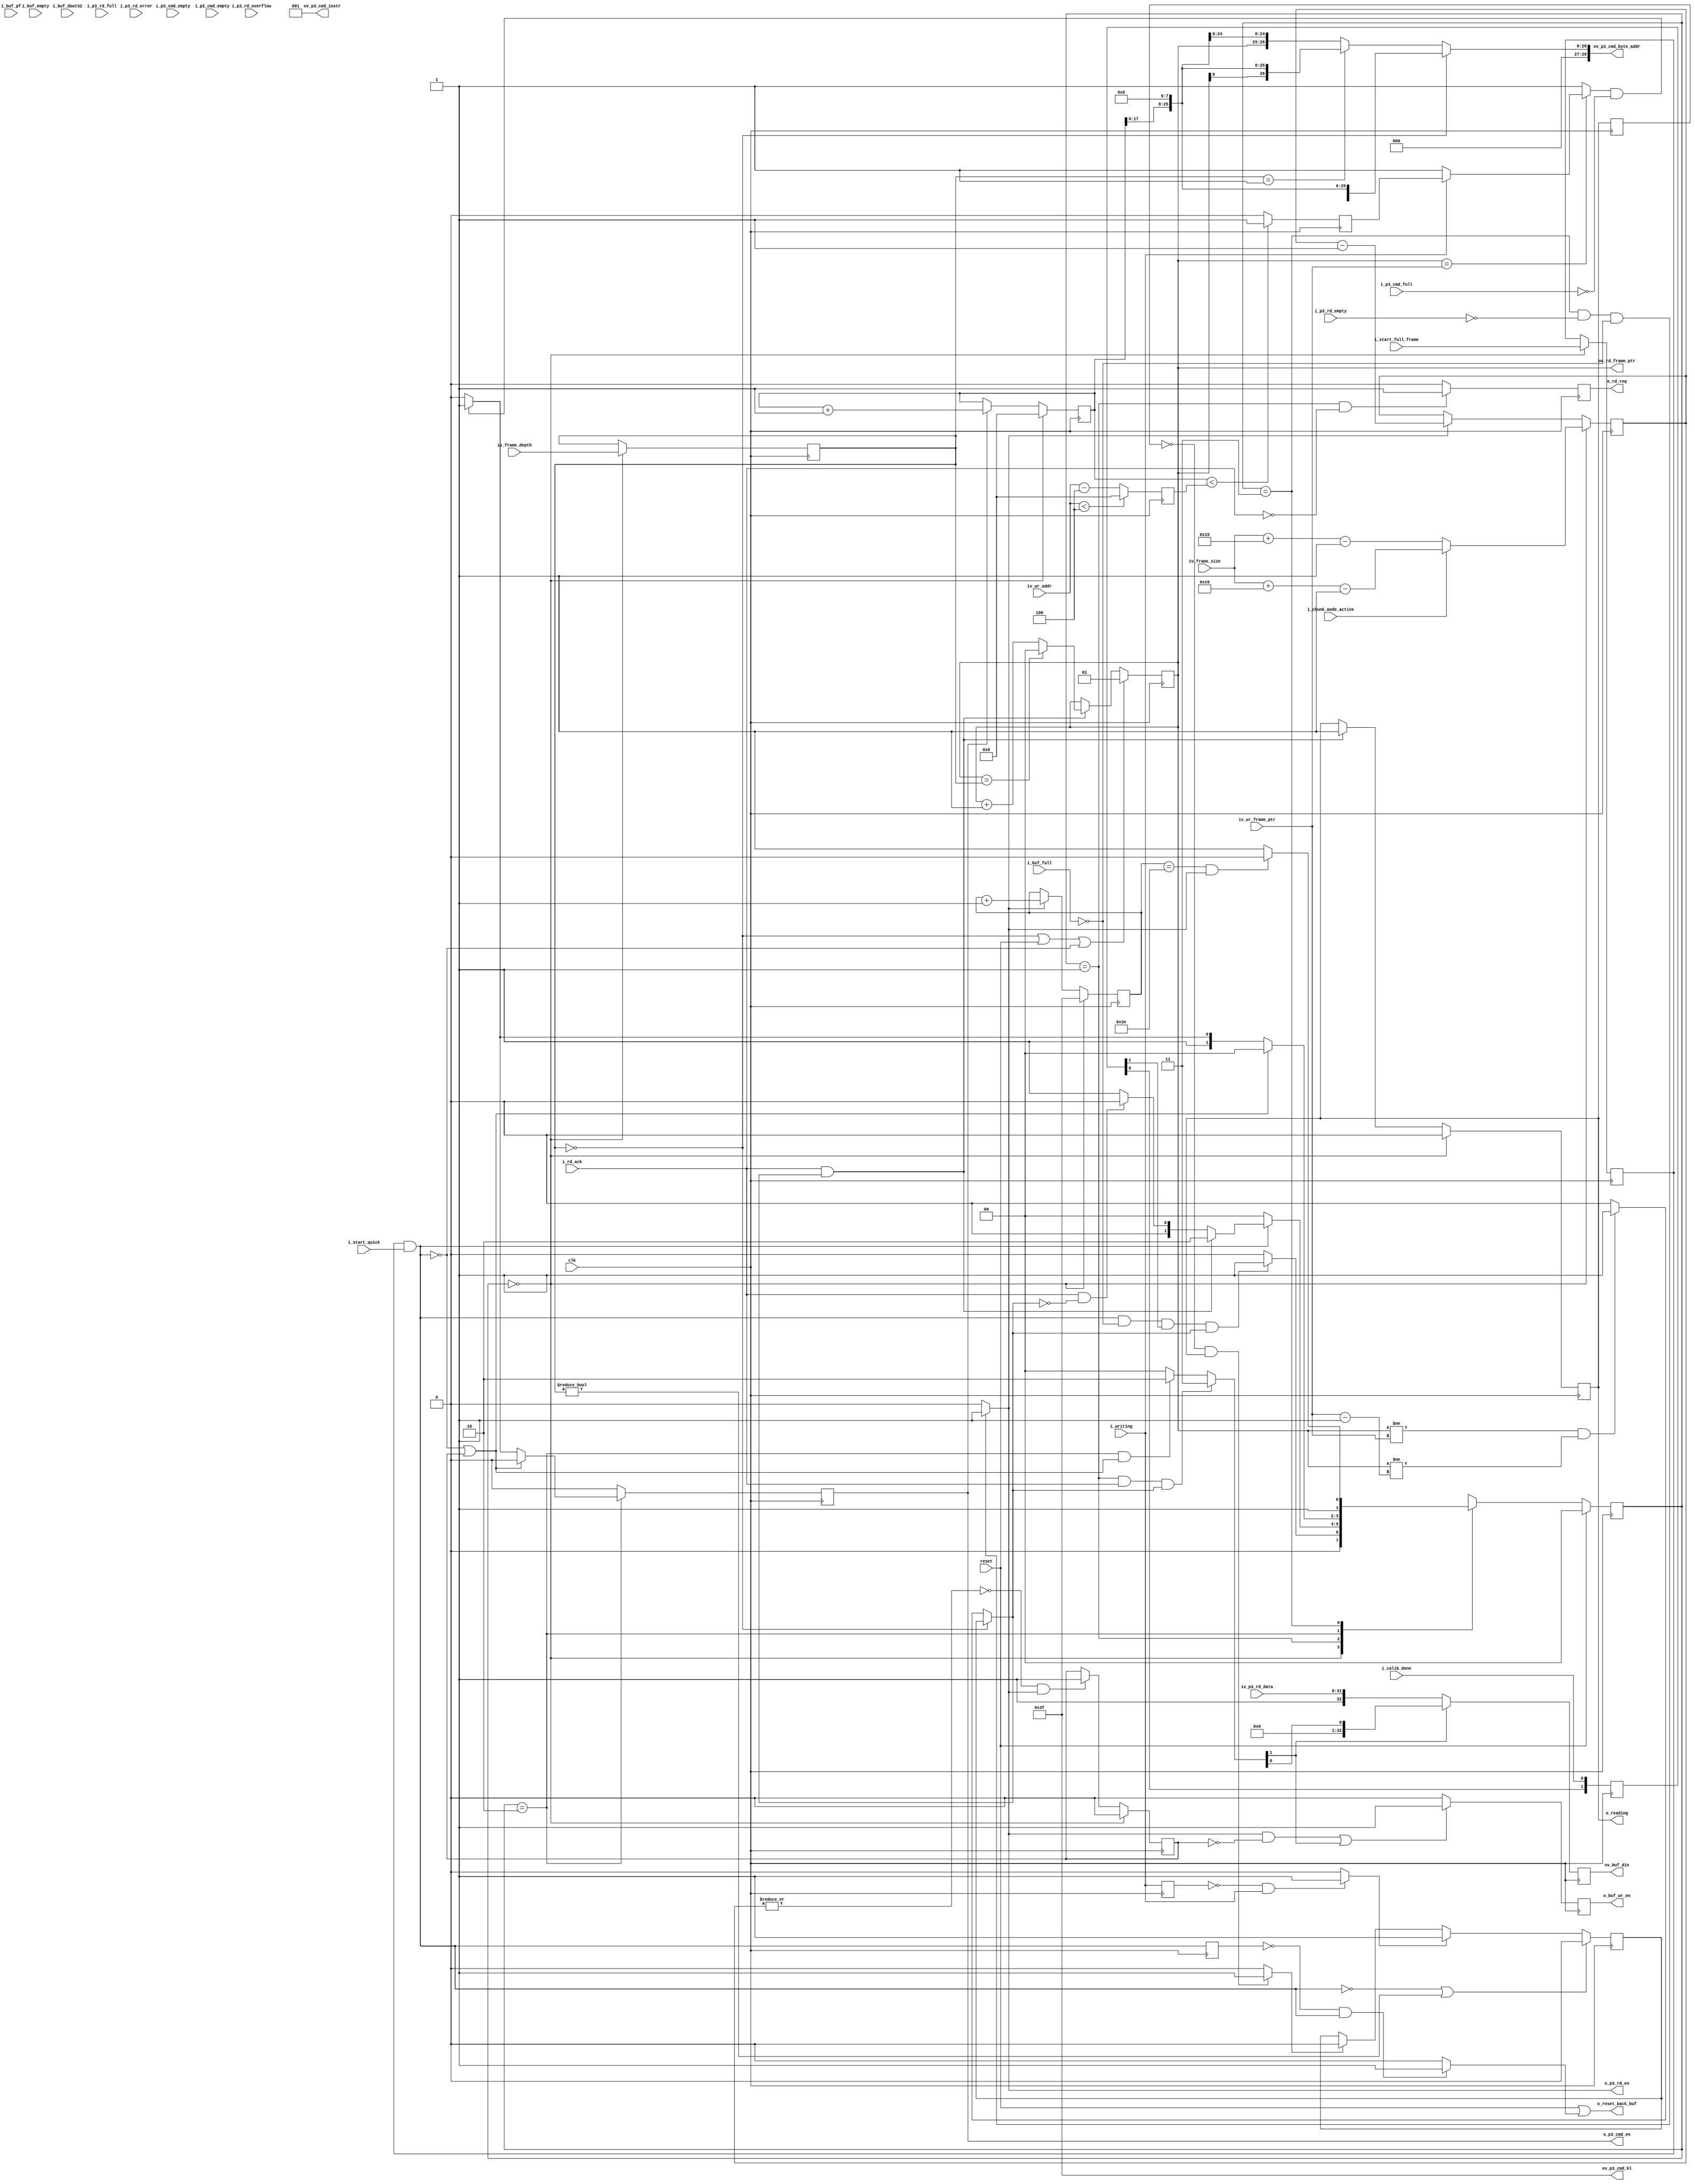
//-------------------------------------------------------------------------------------------------
//  --    : , 2010 -2015.
//  --      .
//  --          : FPGA
//  --        : rd_logic
//  --        : 
//-------------------------------------------------------------------------------------------------
//
//  --  :
//
//  --          :| 				:|  
//-------------------------------------------------------------------------------------------------
//  --        :| 2013/6/13 14:33:26	:|  
//  --        :| 2015/3/31 9:31:24	:|  1.
//												2.1-32
//												3.
//-------------------------------------------------------------------------------------------------
//
//  --      :	
//              1)  : MCB RD FIFO FIFO
//
//              2)  : ... ...
//
//              3)  : ... ...
//
//-------------------------------------------------------------------------------------------------
///
`timescale 1ns/1ps
//-------------------------------------------------------------------------------------------------

module rd_logic # (
	parameter		DATA_WIDTH			= 32		,	//
	parameter		PTR_WIDTH			= 2			,	//1-2 2-4 3-8 4-16 5-32
	parameter		RD_WR_WITH_PRE		= "FALSE"	,	//read write command end with precharge command
	parameter		DDR3_MEM_DENSITY	= "1Gb"		,	//DDR3  "1Gb" "512Mb"
	parameter		FRAME_SIZE_WIDTH	= 25		,	//DDR31Gbit128Mbytemcb p3 3225size
	parameter		TERRIBLE_TRAFFIC	= "TRUE"		//TRUE-FALSE-
	)
	(
	//
	input							clk					,	//
	input							reset				,	//
	//
	input	[PTR_WIDTH-1:0]			iv_frame_depth		,	//
	input	[FRAME_SIZE_WIDTH-1:0]	iv_frame_size		,	//
	input							i_chunk_mode_active	,	//chunk
	input							i_start_full_frame	,	//
	input							i_start_quick		,	//
	//FIFO
	output							o_reset_back_buf	,	//FIFO
	output	[DATA_WIDTH:0]			ov_buf_din			,	//FIFO33bit
	output							o_buf_wr_en			,	//FIFO
	input							i_buf_pf			,	//FIFO
	input							i_buf_full			,	//FIFO
	input							i_buf_empty			,	//FIFO
	input							i_buf_dout32		,	//FIFOMSB
	//rd logic
	output	[PTR_WIDTH-1:0]			ov_rd_frame_ptr		,	//
	output							o_rd_req			,	//
	input							i_rd_ack			,	//
	output							o_reading			,	//
	//wr logic
	input	[PTR_WIDTH-1:0]			iv_wr_frame_ptr		,	//
	input	[18:0]					iv_wr_addr			,	//
	input							i_writing			,	//
	//MCB FIFO
	input							i_calib_done		,	//MCB
	output							o_p3_cmd_en			,	//MCB CMD 
	output	[2:0]					ov_p3_cmd_instr		,	//MCB CMD 
	output	[5:0]					ov_p3_cmd_bl		,	//MCB CMD 
	output	[29:0]					ov_p3_cmd_byte_addr	,	//MCB CMD 
	input							i_p3_cmd_empty		,	//MCB CMD 
	input							i_p3_cmd_full		,	//MCB CMD 
	output							o_p3_rd_en			,	//MCB RD FIFO 
	input	[DATA_WIDTH-1:0]		iv_p3_rd_data		,	//MCB RD FIFO 
	input							i_p3_rd_full		,	//MCB RD FIFO 
	input							i_p3_rd_empty		,	//MCB RD FIFO 
	input							i_p3_rd_overflow	,	//MCB RD FIFO 
	input							i_p3_rd_error		,	//MCB RD FIFO 
	input							i_p2_cmd_empty			//MCB CMD 
	);

	//	ref signals

	//FSM Parameter Define
	parameter	S_IDLE		= 2'd0;
	parameter	S_REQ		= 2'd1;
	parameter	S_CMD		= 2'd2;
	parameter	S_RD		= 2'd3;

	reg		[1:0]	current_state	= S_IDLE;
	reg		[1:0]	next_state		= S_IDLE;

	//FSM for sim
	// synthesis translate_off
	reg		[199:0]		state_ascii;
	always @ ( * ) begin
		case(current_state)
			2'd0 :	state_ascii	<= "S_IDLE";
			2'd1 :	state_ascii	<= "S_REQ";
			2'd2 :	state_ascii	<= "S_CMD";
			2'd3 :	state_ascii	<= "S_RD";
		endcase
	end
	// synthesis translate_on

	//	-------------------------------------------------------------------------------------
	//	
	//	1.
	//	--10
	//	2.MCB
	//	--precharge
	//	-------------------------------------------------------------------------------------
	localparam	RD_FRAME_PTR_RESET_VALUE	= (TERRIBLE_TRAFFIC=="TRUE") ? 1 : 0;
	localparam	RD_CMD_INSTR				= (RD_WR_WITH_PRE=="TRUE") ? 3'b011 : 3'b001;

	reg		[1:0]					calib_done_shift 	= 2'b0;
	reg		[PTR_WIDTH-1:0]			frame_depth_reg 	= 1;
	reg								start_full_frame_int= 1'b0;
	wire							enable				;
	reg								enable_dly			= 1'b0;
	wire							enable_rise			;
	reg		[FRAME_SIZE_WIDTH-1:0]	frame_size_reg 		= {FRAME_SIZE_WIDTH{1'b0}};
	reg								frame_done_reg 		= 1'b0;
	wire							fifo_rd_int			;
	reg								writing_dly 		= 1'b0;
	wire							writing_rise		;
	reg								reading_dly 		= 1'b0;
	reg								reading 			= 1'b0;
	wire							reading_rise		;
	reg								fresh_frame 		= 1'b0;
	reg								able_to_read 		= 1'b0;
	reg		[PTR_WIDTH-1:0]			rd_frame_ptr 		= RD_FRAME_PTR_RESET_VALUE;
	reg								addr_less_int		= 1'b0;
	reg								fifo_rd_reg 		= 1'b0;
	reg		[5:0]					word_cnt 			= 6'b111111;
	reg		[18:0]					rd_addr 			= 19'b0;
	wire	[1:0]					ctrl_bit			;
	reg								rd_req_reg 			= 1'b0;
	reg								reading_reg 		= 1'b0;
	reg		[18:0]					wr_addr_sub 		= 19'b0;
	reg								addr_less 			= 1'b0;
	reg								rd_cmd_reg 			= 1'b0;
	reg								buf_dout32 			= 1'b0;
	reg								buf_dout32_sync 	= 1'b0;

	reg								back_buf_wr_en		= 1'b0;
	reg		[DATA_WIDTH:0]			back_buf_din		= {(DATA_WIDTH+1){1'b0}};


	//	ref ARCHITECTURE

	//	===============================================================================================
	//	ref *** ***
	//	===============================================================================================
	//  -------------------------------------------------------------------------------------
	//  calib_done  mcb drp clk 
	//  -------------------------------------------------------------------------------------
	always @ (posedge clk) begin
		calib_done_shift	<= {calib_done_shift[0],i_calib_done};
	end

	//	-------------------------------------------------------------------------------------
	//	writing
	//	-------------------------------------------------------------------------------------
	always @ (posedge clk) begin
		writing_dly	<= i_writing;
	end
	assign	writing_rise	= (writing_dly==1'b0 && i_writing==1'b1) ? 1'b1 : 1'b0;

	//	-------------------------------------------------------------------------------------
	//	writing
	//	-------------------------------------------------------------------------------------
	always @ (posedge clk) begin
		reading_dly	<= reading_reg;
	end
	assign	reading_rise	= (reading_dly==1'b0 && reading_reg==1'b1) ? 1'b1 : 1'b0;

	//	===============================================================================================
	//	ref ******
	//	===============================================================================================
	//	-------------------------------------------------------------------------------------
	//	frame_depth_reg 
	//	1. frame_depth
	//	-------------------------------------------------------------------------------------
	always @ (posedge clk) begin
		if(current_state==S_IDLE) begin
			frame_depth_reg		<= iv_frame_depth;
		end
	end

	//	-------------------------------------------------------------------------------------
	//	
	//	1.idle
	//	--chunkleader=52byte trailer=32byte
	//	--chunkleader=52byte trailer=36byte
	//	2.-1
	//	3.burstframe size reg
	//	-------------------------------------------------------------------------------------
	always @ (posedge clk) begin
		if(current_state==S_IDLE) begin
			if(!i_chunk_mode_active) begin
				frame_size_reg	<= iv_frame_size + 8'd21 - 1'b1;
			end
			else begin
				frame_size_reg	<= iv_frame_size + 8'd22 - 1'b1;
			end
		end
		else if(fifo_rd_int==1'b1) begin
			frame_size_reg	<= frame_size_reg - 1'b1;
		end
	end

	//  -------------------------------------------------------------------------------------
	//  
	//	1.idle
	//  -------------------------------------------------------------------------------------
	always @ (posedge clk) begin
		if(current_state==S_IDLE) begin
			start_full_frame_int	<= i_start_full_frame;
		end
	end

	//  -------------------------------------------------------------------------------------
	//	
	//	1.
	//  -------------------------------------------------------------------------------------
	assign	enable	= start_full_frame_int & i_start_quick;
	
	//  -------------------------------------------------------------------------------------
	//	 
	//  -------------------------------------------------------------------------------------
	always @ (posedge clk) begin
		enable_dly	<= enable;
	end	
	assign	enable_rise	= (enable_dly==1'b0 && enable==1'b1) ? 1'b1 : 1'b0;
	
	//	===============================================================================================
	//	ref ***FIFO MCB ***
	//	===============================================================================================
	//	-------------------------------------------------------------------------------------
	//	
	//	1.
	//	2.
	//	--
	//	--   p3 cmd fifo  
	//	-------------------------------------------------------------------------------------
	always @ (posedge clk) begin
		if(current_state==S_CMD) begin
			if(enable==1'b0 || frame_done_reg==1'b1) begin
				rd_cmd_reg	<= 1'b0;
			end
			else if(addr_less_int==1'b1 && i_p3_cmd_full==1'b0) begin
				rd_cmd_reg	<= 1'b1;
			end
			else begin
				rd_cmd_reg	<= 1'b0;
			end
		end
		else begin
			rd_cmd_reg	<= 1'b0;
		end
	end
	assign	o_p3_cmd_en		= rd_cmd_reg;

	//	-------------------------------------------------------------------------------------
	//	
	//	1.64
	//	2.burst
	//	-------------------------------------------------------------------------------------
	assign	ov_p3_cmd_bl 	= 6'b111111;

	//	-------------------------------------------------------------------------------------
	//	
	//	1.2
	//	-------------------------------------------------------------------------------------
	assign	ov_p3_cmd_instr	= RD_CMD_INSTR;

	//  -------------------------------------------------------------------------------------
	//	
	//	1.UG388 pg63 
	//	2.ddr3
	//	3.256yte8bit0
	//	4.512Mb
	//	5.
	//  -------------------------------------------------------------------------------------
	//	-------------------------------------------------------------------------------------
	//	2
	//	-------------------------------------------------------------------------------------
	generate
		if(PTR_WIDTH==1 && DDR3_MEM_DENSITY=="512Mb") begin
			assign	ov_p3_cmd_byte_addr	=
			(frame_depth_reg==1'd0) ? {{4'b0},rd_addr[17:0],{8'b0}} : 	//
			{{4'b0},rd_frame_ptr[0],rd_addr[16:0],{8'b0}}	;			//2
		end
		else if(PTR_WIDTH==1 && DDR3_MEM_DENSITY=="1Gb") begin
			assign	ov_p3_cmd_byte_addr	=
			(frame_depth_reg==1'd0) ? {{3'b0},rd_addr[18:0],{8'b0}} : 	//
			{{3'b0},rd_frame_ptr[0],rd_addr[17:0],{8'b0}}	;			//2
		end
	endgenerate

	//	-------------------------------------------------------------------------------------
	//	4
	//	-------------------------------------------------------------------------------------
	generate
		if(PTR_WIDTH==2 && DDR3_MEM_DENSITY=="512Mb") begin
			assign	ov_p3_cmd_byte_addr	=
			(frame_depth_reg==2'd0) ? {{4'b0},rd_addr[17:0],{8'b0}} : 					//
			(frame_depth_reg==2'd1) ? {{4'b0},rd_frame_ptr[0],rd_addr[16:0],{8'b0}} : 	//2
			{{4'b0},rd_frame_ptr[1:0],rd_addr[15:0],{8'b0}}	;							//3 4 
		end
		else if(PTR_WIDTH==2 && DDR3_MEM_DENSITY=="1Gb") begin
			assign	ov_p3_cmd_byte_addr	=
			(frame_depth_reg==2'd0) ? {{3'b0},rd_addr[18:0],{8'b0}} : 					//
			(frame_depth_reg==2'd1) ? {{3'b0},rd_frame_ptr[0],rd_addr[17:0],{8'b0}} : 	//2
			{{3'b0},rd_frame_ptr[1:0],rd_addr[16:0],{8'b0}}	;							//3 4 
		end
	endgenerate

	//	-------------------------------------------------------------------------------------
	//	8
	//	-------------------------------------------------------------------------------------
	generate
		if(PTR_WIDTH==3 && DDR3_MEM_DENSITY=="512Mb") begin
			assign	ov_p3_cmd_byte_addr	=
			(frame_depth_reg==3'd0) ? {{4'b0},rd_addr[17:0],{8'b0}} : 												//
			(frame_depth_reg==3'd1) ? {{4'b0},rd_frame_ptr[0],rd_addr[16:0],{8'b0}} : 								//2
			(frame_depth_reg==3'd2 || frame_depth_reg==3'd3) ? {{4'b0},rd_frame_ptr[1:0],rd_addr[15:0],{8'b0}} :	//3 4 
			{{4'b0},rd_frame_ptr[2:0],rd_addr[14:0],{8'b0}};														//5 - 8 
		end
		else if(PTR_WIDTH==3 && DDR3_MEM_DENSITY=="1Gb") begin
			assign	ov_p3_cmd_byte_addr	=
			(frame_depth_reg==3'd0) ? {{3'b0},rd_addr[18:0],{8'b0}} : 												//
			(frame_depth_reg==3'd1) ? {{3'b0},rd_frame_ptr[0],rd_addr[17:0],{8'b0}} : 								//2
			(frame_depth_reg==3'd2 || frame_depth_reg==3'd3) ? {{3'b0},rd_frame_ptr[1:0],rd_addr[16:0],{8'b0}} :	//3 4 
			{{3'b0},rd_frame_ptr[2:0],rd_addr[15:0],{8'b0}};														//5 - 8 
		end
	endgenerate

	//	-------------------------------------------------------------------------------------
	//	16
	//	-------------------------------------------------------------------------------------
	generate
		if(PTR_WIDTH==4 && DDR3_MEM_DENSITY=="512Mb") begin
			assign	ov_p3_cmd_byte_addr	=
			(frame_depth_reg==4'd0) ? {{4'b0},rd_addr[17:0],{8'b0}} : 												//
			(frame_depth_reg==4'd1) ? {{4'b0},rd_frame_ptr[0],rd_addr[16:0],{8'b0}} : 								//2
			(frame_depth_reg==4'd2 || frame_depth_reg==4'd3) ? {{4'b0},rd_frame_ptr[1:0],rd_addr[15:0],{8'b0}} :	//3 4 
			(frame_depth_reg>=4'd4 && frame_depth_reg<=4'd7) ? {{4'b0},rd_frame_ptr[2:0],rd_addr[14:0],{8'b0}} :	//5 - 8 
			{{4'b0},rd_frame_ptr[3:0],rd_addr[13:0],{8'b0}};														//9 - 16 
		end
		else if(PTR_WIDTH==4 && DDR3_MEM_DENSITY=="1Gb") begin
			assign	ov_p3_cmd_byte_addr	=
			(frame_depth_reg==4'd0) ? {{3'b0},rd_addr[18:0],{8'b0}} : 												//
			(frame_depth_reg==4'd1) ? {{3'b0},rd_frame_ptr[0],rd_addr[17:0],{8'b0}} : 								//2
			(frame_depth_reg==4'd2 || frame_depth_reg==4'd3) ? {{3'b0},rd_frame_ptr[1:0],rd_addr[16:0],{8'b0}} :	//3 4 
			(frame_depth_reg>=4'd4 && frame_depth_reg<=4'd7) ? {{3'b0},rd_frame_ptr[2:0],rd_addr[15:0],{8'b0}} :	//5 - 8 
			{{3'b0},rd_frame_ptr[3:0],rd_addr[14:0],{8'b0}};														//9 - 16 
		end
	endgenerate

	//	-------------------------------------------------------------------------------------
	//	32
	//	-------------------------------------------------------------------------------------
	generate
		if(PTR_WIDTH==5 && DDR3_MEM_DENSITY=="512Mb") begin
			assign	ov_p3_cmd_byte_addr	=
			(frame_depth_reg==5'd0) ? {{4'b0},rd_addr[17:0],{8'b0}} : 												//
			(frame_depth_reg==5'd1) ? {{4'b0},rd_frame_ptr[0],rd_addr[16:0],{8'b0}} : 								//2
			(frame_depth_reg==5'd2 || frame_depth_reg==5'd3) ? {{4'b0},rd_frame_ptr[1:0],rd_addr[15:0],{8'b0}} :	//3 4 
			(frame_depth_reg>=5'd4 && frame_depth_reg<=5'd7) ? {{4'b0},rd_frame_ptr[2:0],rd_addr[14:0],{8'b0}} :	//5 - 8 
			(frame_depth_reg>=5'd8 && frame_depth_reg<=5'd15) ? {{4'b0},rd_frame_ptr[3:0],rd_addr[13:0],{8'b0}} :	//9 - 16 
			{{4'b0},rd_frame_ptr[4:0],rd_addr[12:0],{8'b0}};														//17 - 32 
		end
		else if(PTR_WIDTH==5 && DDR3_MEM_DENSITY=="1Gb") begin
			assign	ov_p3_cmd_byte_addr	=
			(frame_depth_reg==5'd0) ? {{3'b0},rd_addr[18:0],{8'b0}} : 												//
			(frame_depth_reg==5'd1) ? {{3'b0},rd_frame_ptr[0],rd_addr[17:0],{8'b0}} : 								//2
			(frame_depth_reg==5'd2 || frame_depth_reg==5'd3) ? {{3'b0},rd_frame_ptr[1:0],rd_addr[16:0],{8'b0}} :	//3 4 
			(frame_depth_reg>=5'd4 && frame_depth_reg<=5'd7) ? {{3'b0},rd_frame_ptr[2:0],rd_addr[15:0],{8'b0}} :	//5 - 8 
			(frame_depth_reg>=5'd8 && frame_depth_reg<=5'd15) ? {{3'b0},rd_frame_ptr[3:0],rd_addr[14:0],{8'b0}} :	//9 - 16 
			{{3'b0},rd_frame_ptr[4:0],rd_addr[13:0],{8'b0}};														//17 - 32 
		end
	endgenerate

	//	-------------------------------------------------------------------------------------
	//	mcb rd fifo 
	//	1.rd
	//	2.mcb rd fifo fifo
	//	-------------------------------------------------------------------------------------
	assign	fifo_rd_int		= (current_state==S_RD && i_p3_rd_empty==1'b0 && i_buf_full==1'b0) ? 1'b1 : 1'b0;
	assign	o_p3_rd_en		= fifo_rd_int;

	//  -------------------------------------------------------------------------------------
	//  MCB fifo 
	//	1. mcb rd FIFO 
	//	2.mcb rd FIFO first word fall through
	//	3.burstfifo
	//	4.
	//  -------------------------------------------------------------------------------------
	always @ (posedge clk) begin
		if((fifo_rd_int==1'b1 && frame_done_reg==1'b0) || ctrl_bit[1]==1'b1) begin
			back_buf_wr_en	<= 1'b1;
		end
		else begin
			back_buf_wr_en	<= 1'b0;
		end
	end
	assign	o_buf_wr_en	= back_buf_wr_en;

	//	-------------------------------------------------------------------------------------
	//	
	//	1.ctrl_bit=2'b11
	//	2.ctrl_bit=2'b10
	//	-------------------------------------------------------------------------------------
	assign	ctrl_bit		= (current_state==S_REQ && i_rd_ack==1'b1 && able_to_read==1'b1) ? 2'b11 :
	(current_state==S_CMD && (enable==1'b0 || frame_done_reg==1'b1)) ? 2'b10 : 2'b00;

	//	-------------------------------------------------------------------------------------
	//	FIFO
	//	1.32+1 image_valid. 1- 0-
	//	2.ctrl_bit[1]==1
	//	--bit0bit0=1 - bit0=0 - 
	//	3.ctrl_bit[1]==0
	//	-------------------------------------------------------------------------------------
	always @ (posedge clk) begin
		if(ctrl_bit[1]) begin
			back_buf_din	<= {1'b0,{(DATA_WIDTH-1){1'b0}},ctrl_bit[0]};
		end
		else begin
			back_buf_din	<= {1'b1,iv_p3_rd_data};
		end
	end
	assign	ov_buf_din	= back_buf_din;

	//  -------------------------------------------------------------------------------------
	//  FIFO
	//	1	
	//	2	fifofifo
	//	3	
	//  -------------------------------------------------------------------------------------
	//	//	**************1**************
	//	//	FIFO
	//	//	1.
	//	//	2.1 IDLE
	//	//	2.2 FIFO
	//	//	2.3	
	//	//	2.2 2.3FIFO
	//	assign	o_reset_back_buf	= (~frame_en_int & back_buf_empty_dly1 & buf_dout32_sync) | reset;

	//	//	**************2**************
	//	//	FIFOFIFO
	//	assign	o_reset_back_buf	= ~frame_en_int;

	//	**************3**************
	assign	o_reset_back_buf	= reset | enable_rise;

	//	===============================================================================================
	//	ref ******
	//	===============================================================================================
	//  -------------------------------------------------------------------------------------
	//  
	//	1.req=0
	//  -------------------------------------------------------------------------------------
	always @ (posedge clk) begin
		if(current_state==S_REQ && i_rd_ack==1'b0) begin
			rd_req_reg	<= 1'b1;
		end
		else begin
			rd_req_reg	<= 1'b0;
		end
	end
	assign	o_rd_req	= rd_req_reg;

	//  -------------------------------------------------------------------------------------
	//  
	//	1.idle
	//	2.
	//  -------------------------------------------------------------------------------------
	always @ (posedge clk) begin
		if(current_state==S_IDLE) begin
			reading_reg	<= 1'b0;
		end
		else if(i_rd_ack==1'b1 && able_to_read==1'b1) begin
			reading_reg	<= 1'b1;
		end
	end
	assign	o_reading	= reading_reg;

	//	===============================================================================================
	//	ref ******
	//	===============================================================================================
	//	-------------------------------------------------------------------------------------
	//	4
	//	1. cmd fifo4-4
	//	-------------------------------------------------------------------------------------
	always @ (posedge clk) begin
		if(iv_wr_addr[18:0]<4) begin
			wr_addr_sub	<= 19'b0;
		end
		else begin
			wr_addr_sub	<= iv_wr_addr - 4;
		end
	end

	//	-------------------------------------------------------------------------------------
	//	
	//	1.
	//	2.p2
	//	-------------------------------------------------------------------------------------
	always @ (posedge clk) begin
		if(rd_addr[18:0] < wr_addr_sub[18:0]) begin
			addr_less	<= 1'b1;
		end
		else begin
			addr_less	<= 1'b0;
		end
	end

	//	-------------------------------------------------------------------------------------
	//	
	//	1.addr_less_int
	//	2.
	//	3.
	//	-------------------------------------------------------------------------------------
	always @ ( * ) begin
		if(rd_frame_ptr==iv_wr_frame_ptr) begin
			if(i_writing) begin
				addr_less_int	<= addr_less;
			end
			else begin
				addr_less_int	<= 1'b1;
			end
		end
		else begin
			addr_less_int	<= 1'b1;
		end
	end

	//  -------------------------------------------------------------------------------------
	//  
	//	1.1fresh_frame
	//	2.writingfresh_frame=1
	//	3.readingfresh_frame=0
	//  -------------------------------------------------------------------------------------
	always @ (posedge clk) begin
		if(!enable || frame_depth_reg!=0) begin
			fresh_frame	<= 1'b0;
		end
		else begin
			if(writing_rise == 1'b1) begin
				fresh_frame	<= 1'b1;
			end
			else if(reading_rise == 1'b1) begin
				fresh_frame	<= 1'b0;
			end
		end
	end

	//	-------------------------------------------------------------------------------------
	//	
	//	-------------------------------------------------------------------------------------
	generate
		if(TERRIBLE_TRAFFIC=="TRUE") begin
			//	-------------------------------------------------------------------------------------
			//	
			//	1.fresh_frame
			//	2.!=!=-1
			//	-------------------------------------------------------------------------------------
			always @ ( * ) begin
				if(frame_depth_reg==0) begin
					able_to_read		<= fresh_frame;
				end
				else begin
					if(rd_frame_ptr!=iv_wr_frame_ptr && rd_frame_ptr!=(iv_wr_frame_ptr-1'b1)) begin
						able_to_read	<= 1'b1;
					end
					else begin
						able_to_read	<= 1'b0;
					end
				end
			end
		end
		else begin
			//	-------------------------------------------------------------------------------------
			//	
			//	1.fresh_frame
			//	2.!=
			//	-------------------------------------------------------------------------------------
			always @ ( * ) begin
				if(frame_depth_reg==0) begin
					able_to_read		<= fresh_frame;
				end
				else begin
					if(rd_frame_ptr!=iv_wr_frame_ptr) begin
						able_to_read	<= 1'b1;
					end
					else begin
						able_to_read	<= 1'b0;
					end
				end
			end
		end
	endgenerate

	//	===============================================================================================
	//	ref ******
	//	===============================================================================================
	//	-------------------------------------------------------------------------------------
	//	word_cnt burst
	//	1.burst64
	//	2.resetreset=1idle
	//	3.rd_adddr
	//	-------------------------------------------------------------------------------------
	always @ (posedge clk) begin
		if(current_state==S_IDLE) begin
			word_cnt	<= 6'b111111;
		end
		else if(fifo_rd_int == 1'b1) begin
			word_cnt	<= word_cnt + 1'b1;
		end
	end

	//	-------------------------------------------------------------------------------------
	//	
	//	1.idleframe_done_reg=0
	//	2.frame_done_reg=1
	//	-------------------------------------------------------------------------------------
	always @ (posedge clk) begin
		if(current_state==S_IDLE) begin
			frame_done_reg	<= 1'b0;
		end
		else if(|frame_size_reg==1'b0 && fifo_rd_int==1'b1) begin
			frame_done_reg	<= 1'b1;
		end
	end

	//  -------------------------------------------------------------------------------------
	//  RD ADDR
	//	1.idle
	//	2.1
	//  -------------------------------------------------------------------------------------
	always @ (posedge clk) begin
		if(current_state==S_IDLE) begin
			rd_addr	<= 19'b0;
		end
		else if(rd_cmd_reg==1'b1) begin
			rd_addr	<= rd_addr + 1'b1;
		end
	end

	//	-------------------------------------------------------------------------------------
	//	
	//	1.1
	//	2.=1()
	//	-------------------------------------------------------------------------------------
	always @ (posedge clk) begin
		if(frame_depth_reg==0 || reset==1'b1 || enable==1'b0) begin
			rd_frame_ptr	<= RD_FRAME_PTR_RESET_VALUE;
		end
		else begin
			if(i_rd_ack==1'b1 && able_to_read==1'b1) begin
				if(rd_frame_ptr==frame_depth_reg) begin
					rd_frame_ptr	<= 0;
				end
				else begin
					rd_frame_ptr	<= rd_frame_ptr + 1'b1;
				end
			end
		end
	end
	assign	ov_rd_frame_ptr		= rd_frame_ptr;

	//  -------------------------------------------------------------------------------------
	//	ref FSM 
	//  -------------------------------------------------------------------------------------
	//FSM Sequential Logic
	always @ (posedge clk) begin
		if(reset==1'b1) begin
			current_state	<= S_IDLE;
		end
		else begin
			current_state	<= next_state;
		end
	end

	//FSM Conbinatial Logic
	always @ ( * ) begin
		case(current_state)
			//	-------------------------------------------------------------------------------------
			//	IDLE
			//	1.
			//	--
			//	--fifo
			//	--DDR3
			//	--able_to_read  IDLEREQ
			//	2.IDLE
			//	-------------------------------------------------------------------------------------
			S_IDLE :
			if(enable==1'b1 && i_buf_full==1'b0 && calib_done_shift[1]==1'b1 && able_to_read==1'b1) begin
				next_state	<= S_REQ;
			end
			else begin
				next_state	<= S_IDLE;
			end
			//	-------------------------------------------------------------------------------------
			//	
			//	1.JUDGE
			//	2.ACK1clk
			//	3.idle
			//	4.
			//	--CMD
			//	--idle
			//	5.judge
			//	-------------------------------------------------------------------------------------
			S_REQ :
			if(!enable) begin
				next_state	<= S_IDLE;
			end
			else begin
				if(i_rd_ack==1'b1 && able_to_read==1'b1) begin
					next_state	<= S_CMD;
				end
				else if(i_rd_ack==1'b1 && able_to_read==1'b0) begin
					next_state	<= S_IDLE;
				end
				else begin
					next_state	<= S_REQ;
				end
			end
			//	-------------------------------------------------------------------------------------
			//	
			//	1.idle
			//	2.
			//	--(addr_less_int)
			//	--p3 cmd fifo 
			//	-------------------------------------------------------------------------------------
			S_CMD :
			if(enable==1'b0 || frame_done_reg==1'b1) begin
				next_state	<= S_IDLE;
			end
			else begin
				if(addr_less_int==1'b1 && i_p3_cmd_full==1'b0) begin
					next_state	<= S_RD;
				end
				else begin
					next_state	<= S_CMD;
				end
			end
			//	-------------------------------------------------------------------------------------
			//	
			//	1.MCBcmd
			//	2.
			//	3.rdcmd
			//	-------------------------------------------------------------------------------------
			S_RD :
			if(word_cnt==6'b111110 && fifo_rd_int==1'b1) begin
				next_state	<= S_CMD;
			end
			else begin
				next_state	<= S_RD;
			end
			default :
			next_state	<= S_IDLE;
		endcase
	end


endmodule